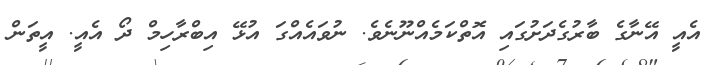
އެއީ އޭނާގެ ބާރުގެދަށުގައި އޮތްކަމެއްނޫނެވެ. ނުވައެއްގަ އުޅޭ އިބްރާހިމް ދޯ އެއީ. އީތަން